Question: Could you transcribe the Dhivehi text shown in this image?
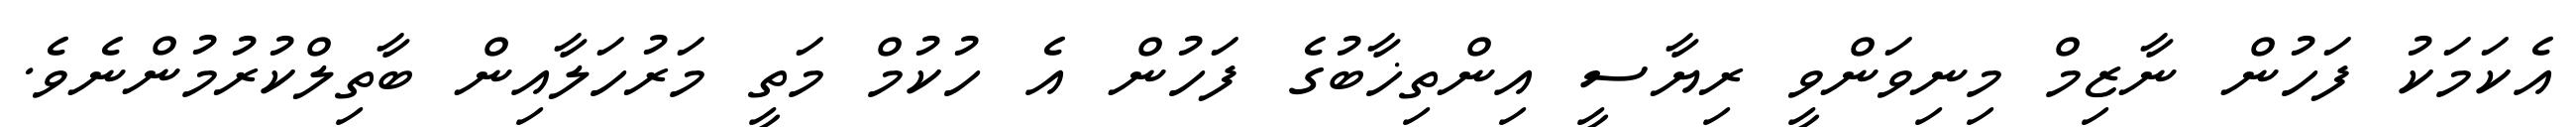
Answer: އެކަމަކު ފަހުން ނާޒިމް މިނިވަންވީ ރިޔާސީ އިންތިޚާބުގެ ފަހުން އެ ހުކުމް މަތީ މަރުހަލާއިން ބާތިލްކުރުމުންނެވެ.